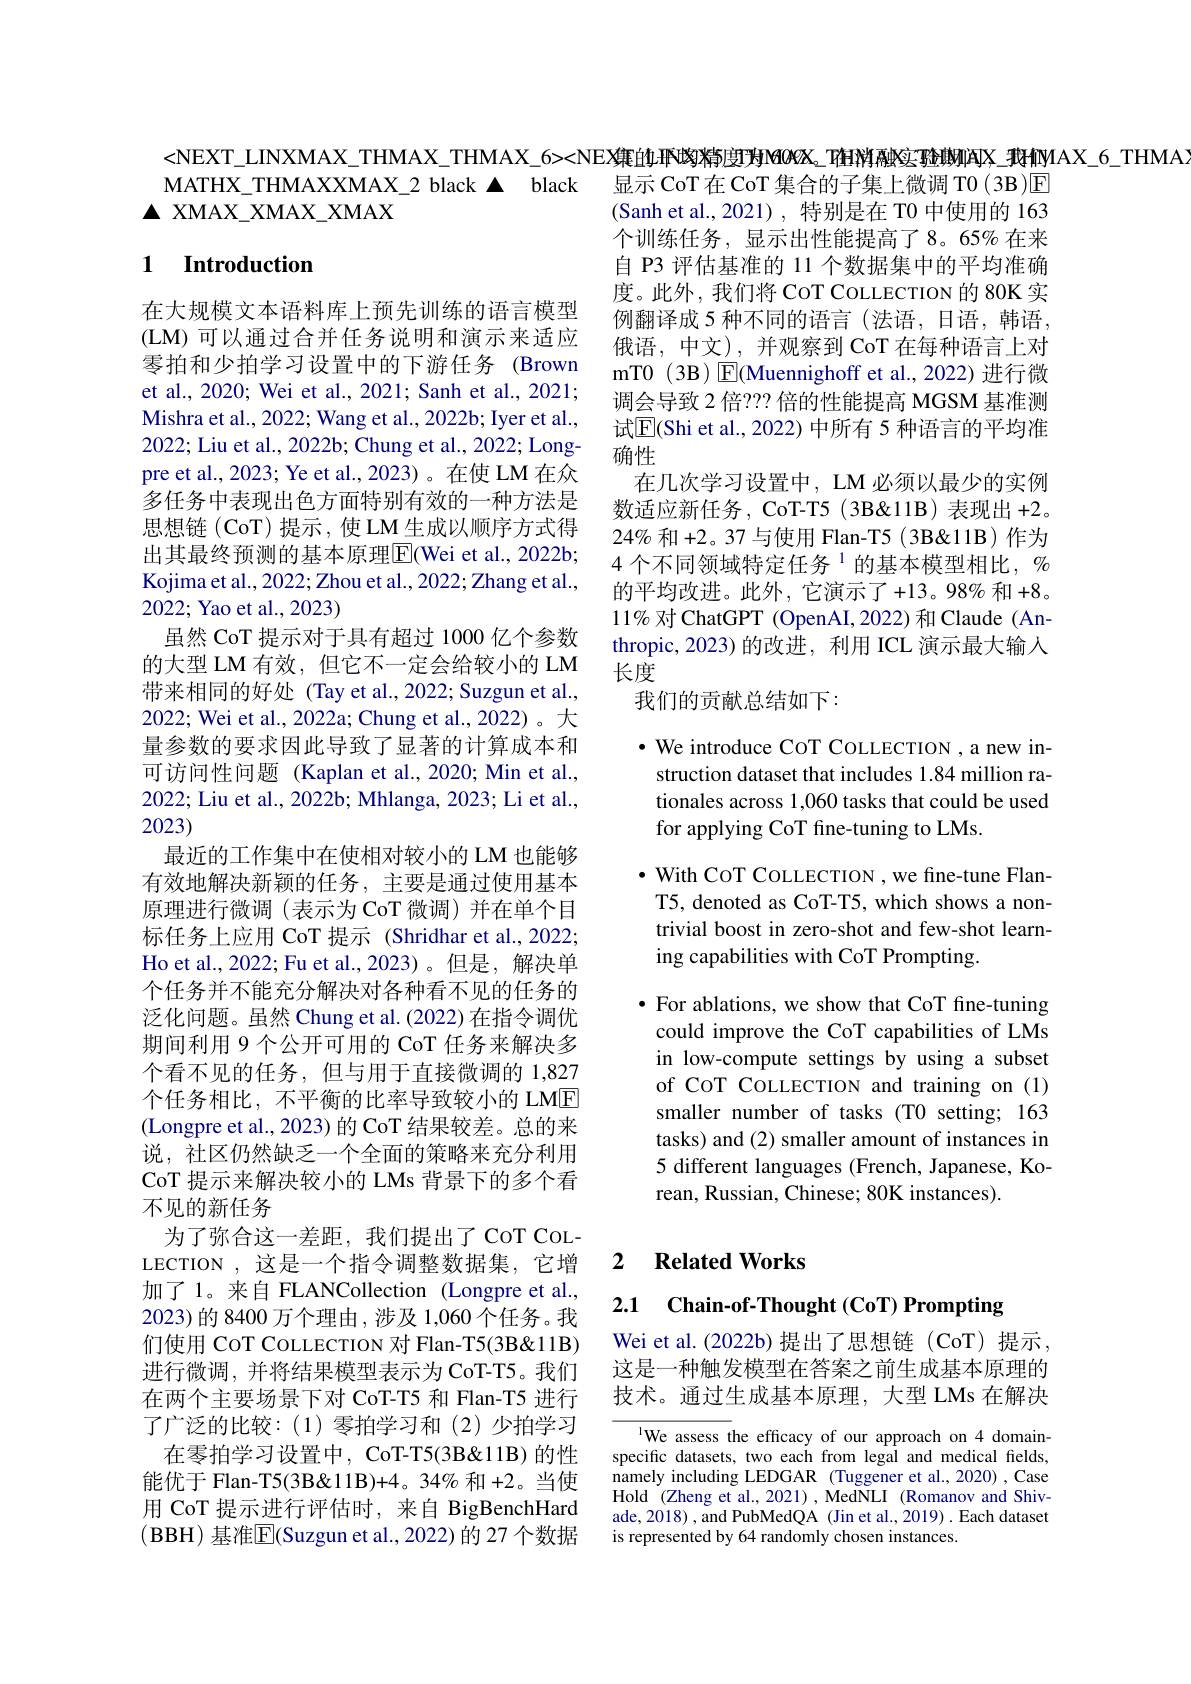
<NEXT\_LINXMAX\_THMAX\_THMAX\_6><NEX集的$\mathbf{T}$的都度I为MOX\_T值消感实验助和可X\_我们MAX\_6\_THMA
MATHX\_THMAXXMAX\_2 black▲black
显示 CoT 在 CoT 集合的子集上微调 TO (3B)E
$\Delta$ XMAX\_XMAX\_XMAX
(Sanh et al.,2021),特别是在 T0 中使用的 163

### 1 $\textbf{Introduction}$

个训练任务，显示出性能提高了8。65% 在来自 P3 评估基准的 11 个数据集中的平均准确度。此外，我们将 CoT COLLECTION 的 80K 实例翻译成 5 种不同的语言(法语，日语，韩语， 俄语，中文),并观察到 CoT 在每种语言上对mT0 ( 3B) $\underline {{E}}$(Muennighoff et al.,2022)进行微调会导致 2 倍？?? 倍的性能提高 MGSM 基准测试$\overline{\mathrm{E}}$(Shi et al., 2022) 中所有 5 种语言的平均准确性
在几次学习设置中，LM 必须以最少的实例数适应新任务，CoT-T5(3B&11B)表现出+2。$24\%$和 +2。37 与使用 Flan-T5 (3B&11B)作为4 个不同领域特定任务 $^{1}$的基本模型相比，$^{\mathrm{o}}$ 的平均改进。此外，它演示了+13。98% 和 +8。11% 对 ChatGPT (OpenAI, 2022) 和 Claude (Anthropic,2023)的改进，利用 ICL 演示最大输人长度
我们的贡献总结如下：

$\bullet$ We introduce COT COLLECTION , a new instruction dataset that includes 1.84 million rationales across 1,060 tasks that could be used for applying CoT fine-tuning to LMs.

$\cdot$ With CoT COLLECTION , we fine-tune FlanT5, denoted as CoT-T5, which shows a nontrivial boost in zero-shot and few-shot learning capabilities with CoT Prompting.

在大规模文本语料库上预先训练的语言模型(LM)可以通过合并任务说明和演示来适应零拍和少拍学习设置中的下游任务 (Brown et al., 2020; Wei et al., 2021; Sanh et al., 2021; Mishra et al., 2022; Wang et al., 2022b; Iyer et al., 2022; Liu et al., 2022b; Chung et al., 2022; Longpre et al., 2023; Ye et al., 2023)。在使 LM 在众多任务中表现出色方面特别有效的一种方法是思想链(CoT)提示，使LM生成以顺序方式得出其最终预测的基本原理$\boxed{\mathrm{E}}$(Wei et al., 2022b; Kojima et al., 2022; Zhou et al., 2022; Zhang et al., 2022; Yao et al., 2023)
虽然 CoT 提示对于具有超过 1000 亿个参数的大型 LM 有效，但它不一定会给较小的 LM 带来相同的好处 (Tay et al.,2022; Suzgun et al., 2022; Wei et al., 2022a; Chung et al., 2022)。大量参数的要求因此导致了显著的计算成本和可访问性问题 (Kaplan et al.,2020; Min et al., 2022; Liu et al., 2022b; Mhlanga, 2023; Li et al., 2023)
最近的工作集中在使相对较小的 LM 也能够有效地解决新颖的任务，主要是通过使用基本原理进行微调(表示为 CoT 微调) 并在单个目标任务上应用 CoT 提示 (Shridhar et al.,2022; Ho et al.,2022; Fu et al.,2023)。但是，解决单个任务并不能充分解决对各种看不见的任务的泛化问题。虽然 Chung et al. (2022) 在指令调优期间利用 9 个公开可用的 CoT 任务来解决多个看不见的任务，但与用于直接微调的 1,827个任务相比，不平衡的比率导致较小的 LME (Longpre et al., 2023) 的 CoT 结果较差。总的来说，社区仍然缺乏一个全面的策略来充分利用CoT 提示来解决较小的 LMs 背景下的多个看不见的新任务
为了弥合这一差距，我们提出了CoT COLLECTION ,这是一个指令调整数据集，它增加了1。来自 FLANCollection (Longpre et al., 2023)的 8400 万个理由 ,涉及 1,060 个任务。我们使用 CoT COLLECTION 对 Flan-T5(3B&11B) 进行微调，并将结果模型表示为CoT-T5。我们在两个主要场景下对 CoT-T5 和 Flan-T5 进行了广泛的比较：(1)零拍学习和(2)少拍学习在零拍学习设置中，CoT-T5(3B&11B) 的性
能优于 Flan-T5(3B&11B)+4。34% 和+2。当使用 CoT 提示进行评估时，来自 BigBenchHard (BBH) 基准$\overline{\mathrm{E}}($Suzgun et al.,2022)的 27 个数据

$\bullet$ For ablations, we show that CoT fine-tuning could improve the CoT capabilities of LMs in low-compute settings by using a subset of COT COLLECTION and training on (1) smaller number of tasks (T0 setting; 163 tasks) and (2) smaller amount of instances in 5 different languages (French, Japanese, Korean, Russian, Chinese; 80K instances).

## 2 $\textbf{Related Works}$

2.1 Chain-of-Thought (CoT) Prompting

Wei et al.(2022b)提出了思想链(CoT)提示， 这是一种触发模型在答案之前生成基本原理的技术。通过生成基本原理，大型 LMs 在解决

IWe assess the efficacy of our approach on 4 domainspecific datasets, two each from legal and medical fields, namely including LEDGAR (Tuggener et al., 2020) , Case Hold (Zheng et al., 2021) , MedNLI (Romanov and Shivade,2018), and PubMedQA (Jin et al.,2019) . Each dataset is represented by 64 randomly chosen instances.